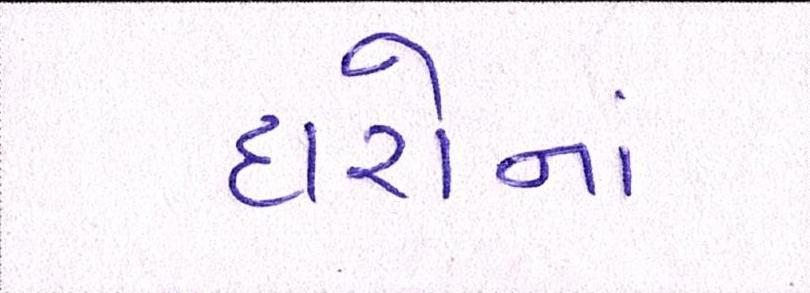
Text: દારોનાં